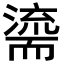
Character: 𮋠